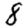
Digit: 8